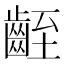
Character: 𪗻